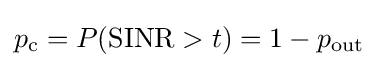
p_{\text{c}}=P({\text{SINR}}>t)=1-p_{\text{out}}